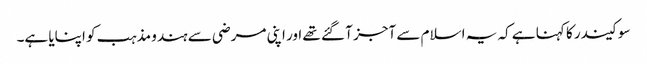
سوکیندر کا کہنا ہے کہ یہ اسلام سے آجز آ گئے تھے اور اپنی مرضی سے ہندو مذہب کو اپنایا ہے۔